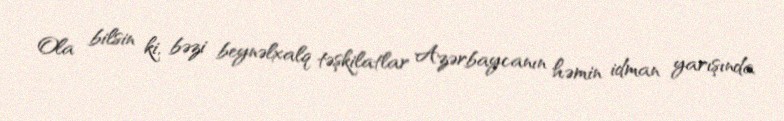
Ola bilsin ki, bəzi beynəlxalq təşkilatlar Azərbaycanın həmin idman yarışında